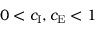
0 < c _ { \mathrm { I } } , c _ { \mathrm { E } } < 1